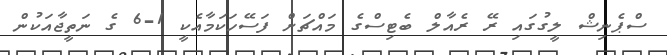
ސްޕެނިޝް ލީގުގައި ރޭ ރެއާލް ބެޓިސްގެ މައްޗަށް ފަސޭހަކަމާއެކީ 1-6 ގެ ނަތީޖާއަކުން